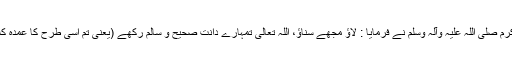
تو حضور نبی اکرم صلی اللہ علیہ وآلہ وسلم نے فرمایا : لاؤ مجھے سناؤ، اللہ تعالیٰ تمہارے دانت صحیح و سالم رکھے (یعنی تم اسی طرح کا عمدہ کلام پڑھتے رہو)۔